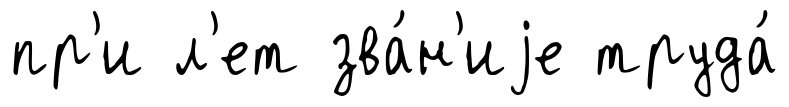
пр'и л'ет зва́н'иjе труда́